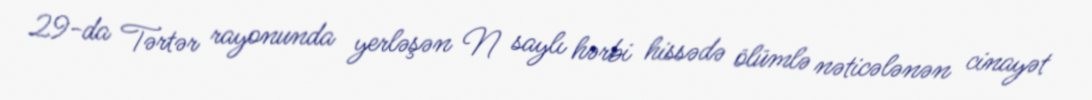
29-da Tərtər rayonunda yerləşən N saylı hərbi hissədə ölümlə nəticələnən cinayət